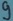
Text: 9